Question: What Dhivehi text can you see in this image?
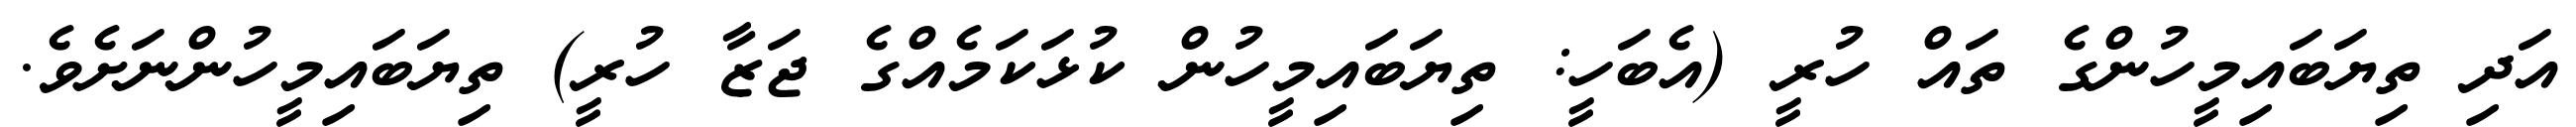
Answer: އަދި ތިޔަބައިމީހުންގެ ތައް ހުރީ (އެބަހީ: ތިޔަބައިމީހުން ކުޅަކަމެއްގެ ޖަޒާ ހުރީ) ތިޔަބައިމީހުންނަށެވެ.